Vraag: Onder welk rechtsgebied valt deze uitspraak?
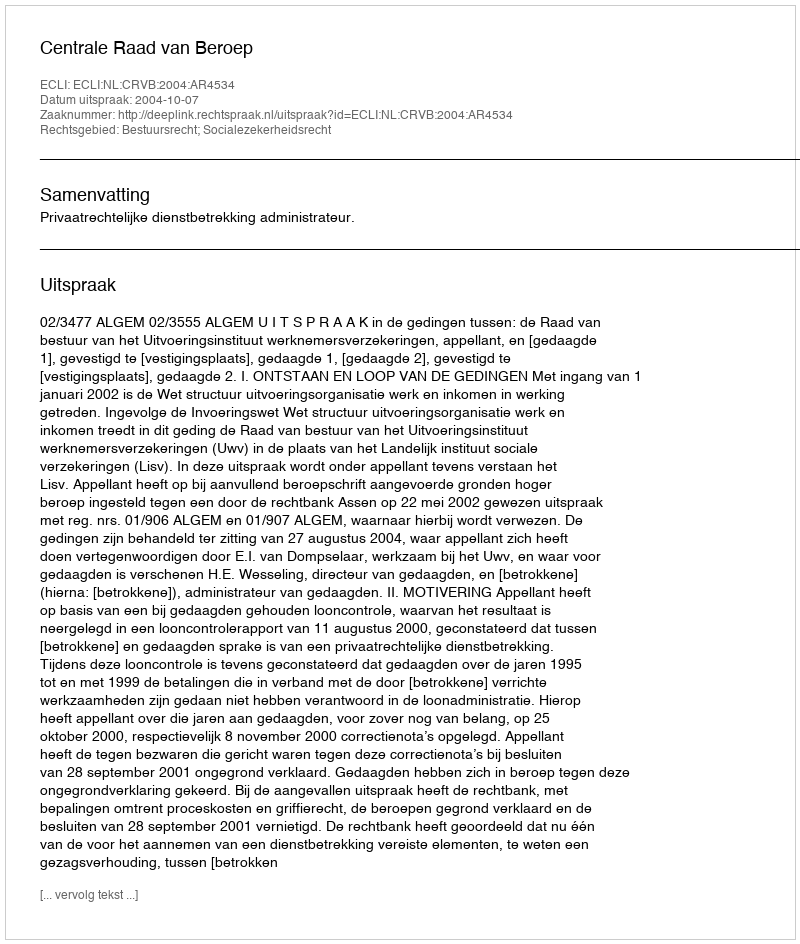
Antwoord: Bestuursrecht; Socialezekerheidsrecht